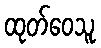
ထုတ်ဝေသူ